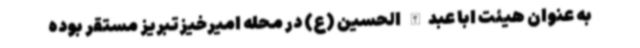
به عنوان هیئت ابا عبدالله الحسین (ع) در محله امیرخیزتبریز مستقر بوده